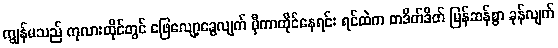
ကျွန်မသည် ကုလားထိုင်တွင် ဖြေလျော့ခွေလျက် မှီကာထိုင်နေရင်း ရင်ထဲက တဒိတ်ဒိတ် မြန်ဆန်စွာ ခုန်လျက်